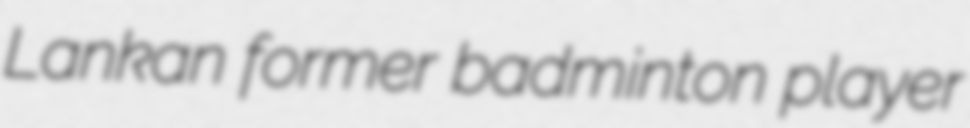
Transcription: Lankan former badminton player